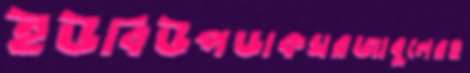
ইউবিউপডাকঘরজাবুলেরহ